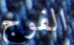
الفوج